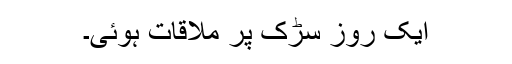
ایک روز سڑک پر ملاقات ہوئی۔